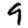
Digit: 9